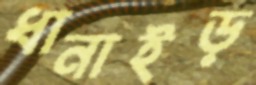
ধানাইড়